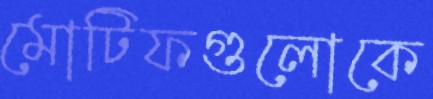
মোটিফগুলোকে